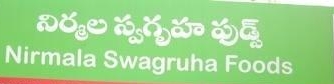
Language: telugu
Transcription: నిర్మల స్వగృహ ఫుడ్స్